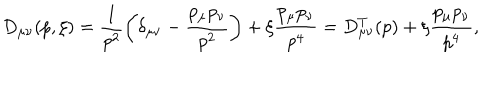
D _ { \mu \nu } ( p , \xi ) = \frac { 1 } { p ^ { 2 } } \left( \delta _ { \mu \nu } - \frac { p _ { \mu } p _ { \nu } } { p ^ { 2 } } \right) + \xi \frac { p _ { \mu } p _ { \nu } } { p ^ { 4 } } = D _ { \mu \nu } ^ { T } ( p ) + \xi \frac { p _ { \mu } p _ { \nu } } { p ^ { 4 } } ,